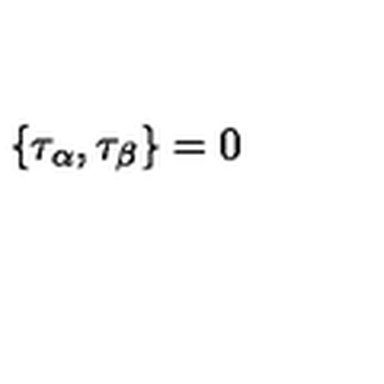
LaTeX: \{ \tau _ { \alpha } , \tau _ { \beta } \} = 0